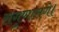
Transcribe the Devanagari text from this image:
सगुणासंगे।